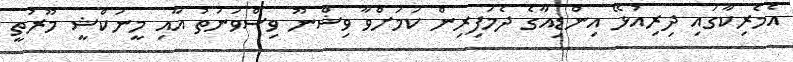
އެމެރިކާގައި ދިރިއުޅޭ އިންޑިއާގެ ދެމަފިރިން ކަމަށްވާ ވިޝްނޫ ވިސްވަނަތު އާއި މީނަކްޝީ މޫރުތީ